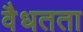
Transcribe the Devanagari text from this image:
वैधतता